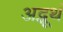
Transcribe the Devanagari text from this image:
अद्भूथं